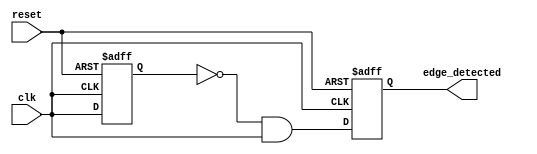
module rising_edge_detector (
    input wire clk,             // Input signal to detect rising edge
    input wire reset,           // Reset signal for output pulse control
    output reg edge_detected    // Output pulse indicating rising edge
);
    
    reg prev_clk;               // Register to hold the previous state of clk

    // Sequential logic to detect the rising edge
    always @(posedge clk or posedge reset) begin
        // Reset the output pulse on reset signal
        if (reset) begin
            edge_detected <= 1'b0; // Clear the output pulse if reset is asserted
            prev_clk <= 1'b0;      // Initialize previous clock state
        end else begin
            // Rising edge detection logic
            edge_detected <= (prev_clk == 1'b0 && clk == 1'b1); // Set output pulse on rising edge
            prev_clk <= clk; // Update the previous clock state
        end
    end

endmodule